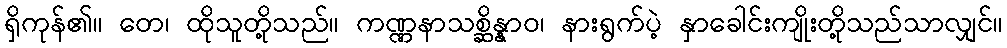
ရှိကုန်၏။ တေ၊ ထိုသူတို့သည်။ ကဏ္ဏနာသစ္ဆိန္နာဝ၊ နားရွက်ပဲ့ နှာခေါင်းကျိုးတို့သည်သာလျှင်။